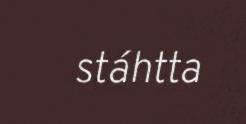
stáhtta